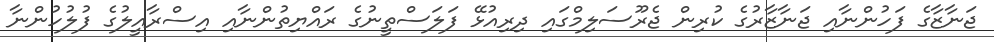
ޖަނާޒާގެ ފަހުންނާއި ޖަނާޒާރުގެ ކުރިން ޖެރޫސަލިމްގައި ދިރިއުޅޭ ފަލަސްތީނުގެ ރައްޔިތުންނާއި އިސްރާއީލުގެ ފުލުހުންނާ